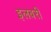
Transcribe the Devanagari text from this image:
इलबरी